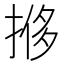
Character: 𫽎